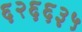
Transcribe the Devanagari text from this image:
६२६६३५